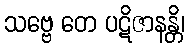
သဗ္ဗေ တေ ပဋိဇာနန္တိ၊